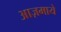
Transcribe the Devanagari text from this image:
आज़माये